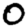
Digit: 0